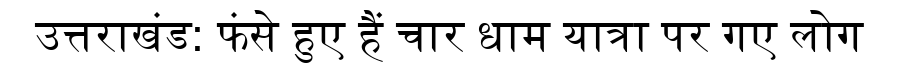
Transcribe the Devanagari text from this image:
उत्तराखंड: फंसे हुए हैं चार धाम यात्रा पर गए लोग